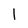
Character: l